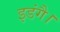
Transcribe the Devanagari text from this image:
इडंगै।